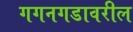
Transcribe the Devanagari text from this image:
गगनगडावरील